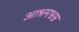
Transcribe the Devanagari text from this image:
आश्रमभ्रम्र